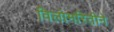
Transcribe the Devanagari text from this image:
विलोमरितीने